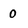
Character: 0